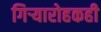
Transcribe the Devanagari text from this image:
गिऱ्यारोहकही